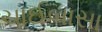
ચાઈબાસા